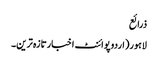
ذرائع
لاہور(اردوپوائنٹ اخبارتازہ ترین۔